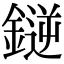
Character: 𫒼